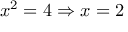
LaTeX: x ^ { 2 } = 4 \Rightarrow x = 2